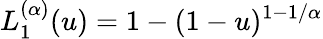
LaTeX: L_{1}^{(\alpha)}(u)=1-(1-u)^{1-1/\alpha}